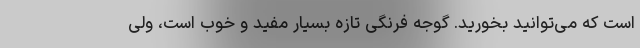
است که می‌توانید بخورید. گوجه فرنگی تازه بسیار مفید و خوب است، ولی